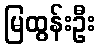
မြထွန်းဦး